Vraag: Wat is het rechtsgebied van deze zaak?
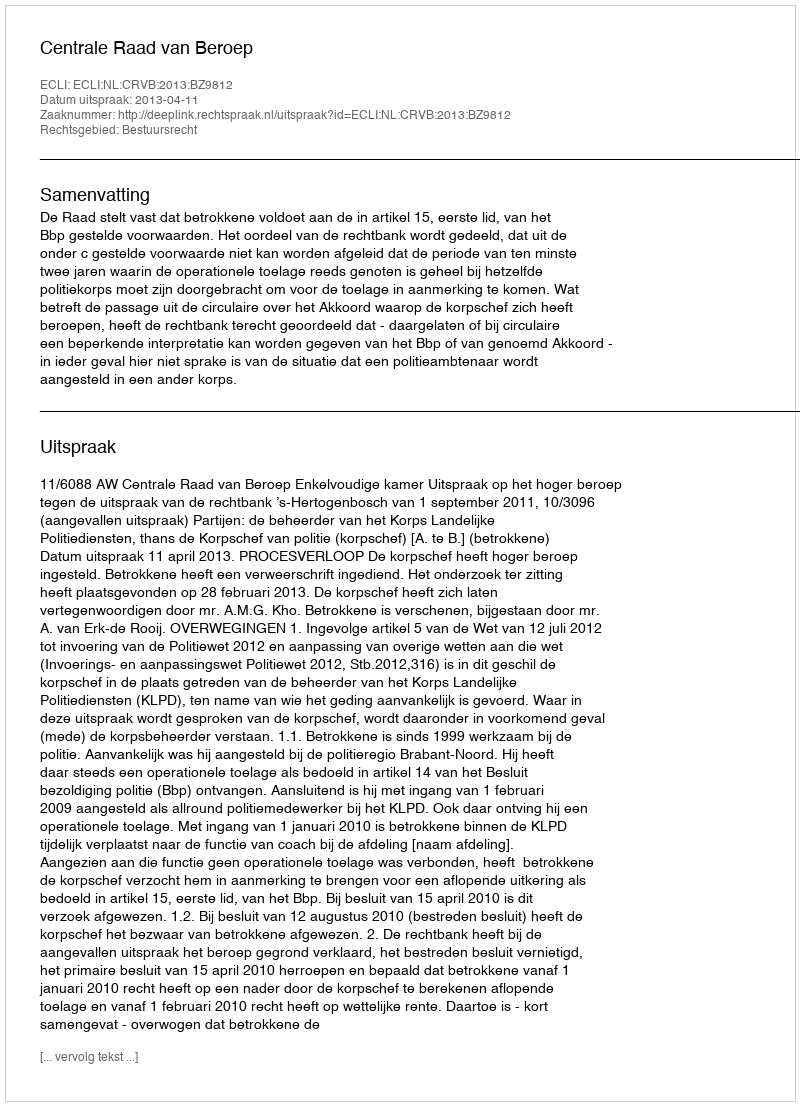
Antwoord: Bestuursrecht